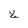
Character: 8